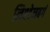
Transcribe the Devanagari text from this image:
लिश्टेनबर्ग